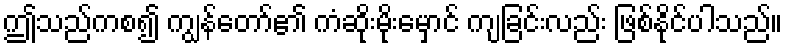
ဤသည်ကစ၍ ကျွန်တော်၏ ကံဆိုးမိုးမှောင် ကျခြင်းလည်း ဖြစ်နိုင်ပါသည်။